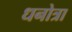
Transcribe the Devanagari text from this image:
धनोत्रा